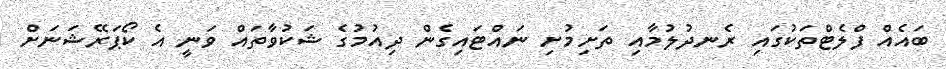
ބައެއް ފްލެޓްތަކުގައި ރެނދުލުމާއި ތަށިމުށި ނައްޓައިގެން ދިއުމުގެ ޝަކުވާތައް ވަނީ އެ ކޯޕަރޭޝަނަށް